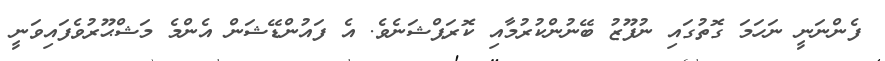
ފެންނަނީ ނަހަމަ ގޮތުގައި ނުފޫޒު ބޭނުންކުރުމާއި ކޮރަޕްޝަނެވެ. އެ ފައުންޑޭޝަން އެންމެ މަޝްޙޫރުވެފައިވަނީ